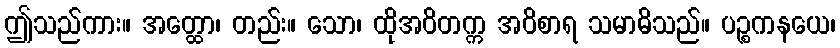
ဤသည်ကား။ အတ္ထော၊ တည်း။ သော၊ ထိုအဝိတက္က အဝိစာရ သမာဓိသည်။ ပဉ္စကနယေ၊